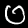
Digit: 0